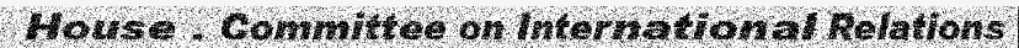
House . Committee on International Relations